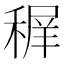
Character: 𥠧